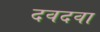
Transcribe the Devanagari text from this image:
दवदवा